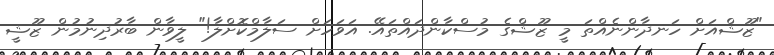
"ޒޫޝްއަށް ހަނދާންނެއްތަ މީ ޒޫޝްގެ މުސްކާންދައްތައޭ. އަވަހަށް ސަލާމްކޮށްލާ!" ލީވާން ބާރުދިނުމުން ޒޫޝީ